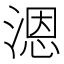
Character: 𰜩